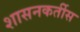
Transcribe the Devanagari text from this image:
शासनकर्तीस